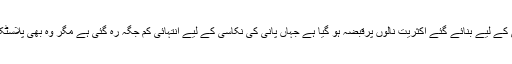
چیئرمین بی ایم جی نے کہاکہ برساتی پانی کے نکاسی کے لیے بنائے گئے اکثریت نالوں پرقبضہ ہو گیا ہے جہاں پانی کی نکاسی کے لیے انتہائی کم جگہ رہ گئی ہے مگر وہ بھی پلاسٹک کی تھیلیوں اور کچرے کی وجہ سے بند ہو گئی ہے۔